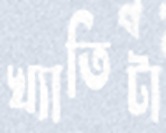
খ্যাতিটা